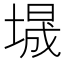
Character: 𫮕